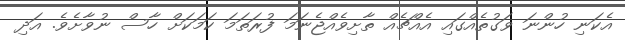
އެކަނި ހުންނަ ވަގުތެއްގައި އެއްޗެއް ތާށިވެއްޖެނަމަ ފުރަތަަމަ ކަމަކަށް ހާސް ނުވާށެވެ. އަދި